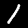
Digit: 1